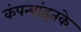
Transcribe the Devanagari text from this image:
कंपन्यांइतके